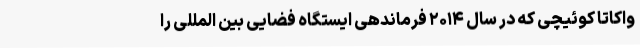
واکاتا کوئیچی که در سال ۲۰۱۴ فرماندهی ایستگاه فضایی بین المللی را